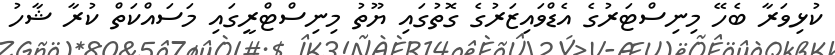
ކުޅިވަރާ ބެހޭ މިނިސްޓަރުގެ އެޑްވައިޒަރުގެ ގޮތުގައި ޔޫތު މިނިސްޓްރީގައި މަސައްކަތް ކުރާ ޝާހު